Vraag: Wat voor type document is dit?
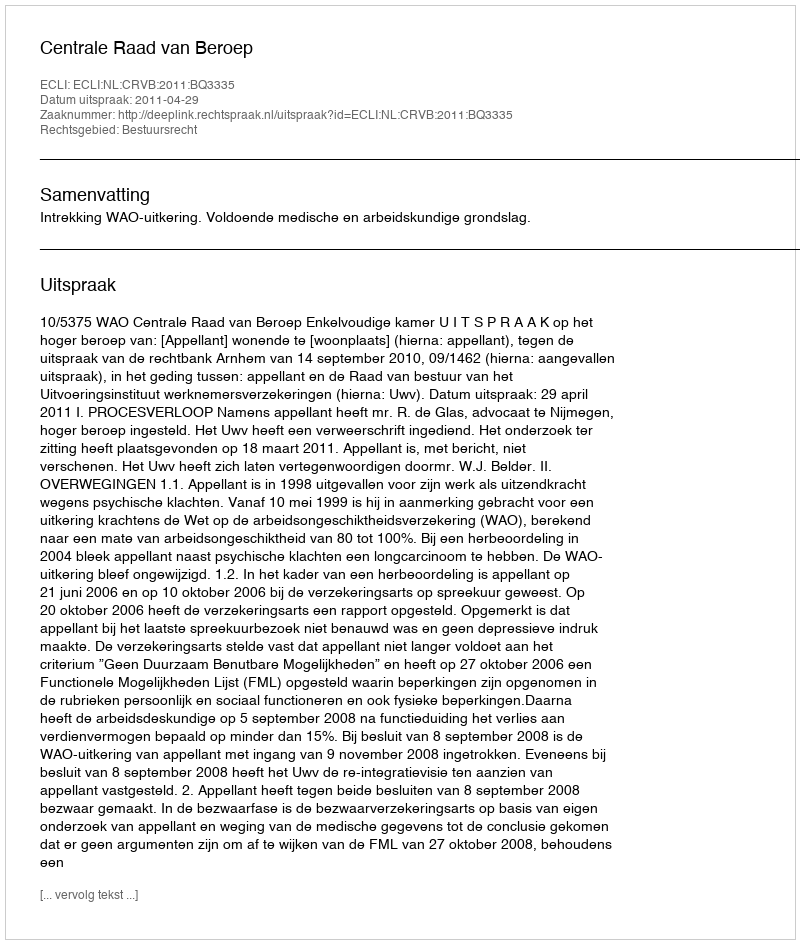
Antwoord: Uitspraak